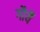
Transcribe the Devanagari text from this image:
गौर्यै